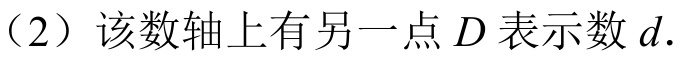
（2）该数轴上有另一点\(D\)表示数\(d\).